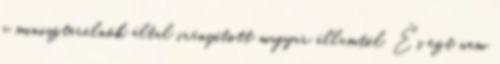
a miniszterelnök által irányított magyar államtól. És ezt nem